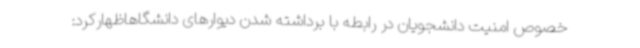
خصوص امنیت دانشجویان در رابطه با برداشته شدن دیوارهای دانشگاهاظهارکرد: